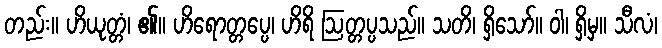
တည်း။ ဟိယုတ္တံ၊ ၏။ ဟိရောတ္တပ္ပေ၊ ဟိရိ ဩတ္တပ္ပသည်။ သတိ၊ ရှိသော်။ ဝါ၊ ရှိမှ။ သီလံ၊